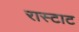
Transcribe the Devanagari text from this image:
रास्टाट